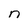
Character: n